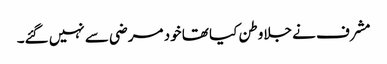
مشرف نے جلاوطن کیا تھا خود مرضی سے نہیں گئے۔